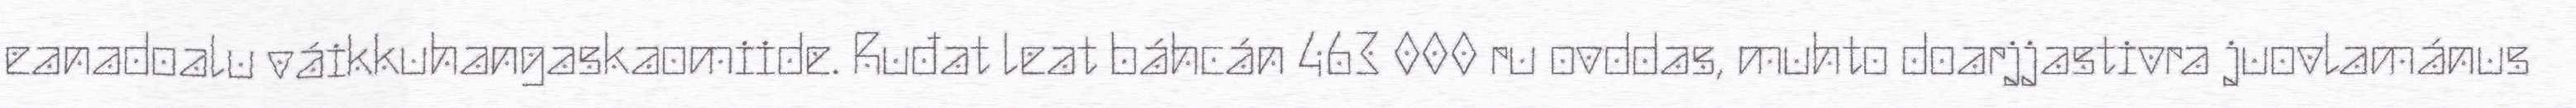
eanadoalu váikkuhangaskaomiide. Ruđat leat báhcán 463 000 ru ovddas, muhto doarjjastivra juovlamánus